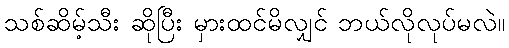
သစ်ဆိမ့်သီး ဆိုပြီး မှားထင်မိလျှင် ဘယ်လိုလုပ်မလဲ။